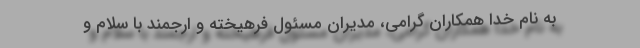
به نام خدا همکاران گرامی، مدیران مسئول فرهیخته و ارجمند با سلام و